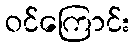
ဝင်ကြောင်း